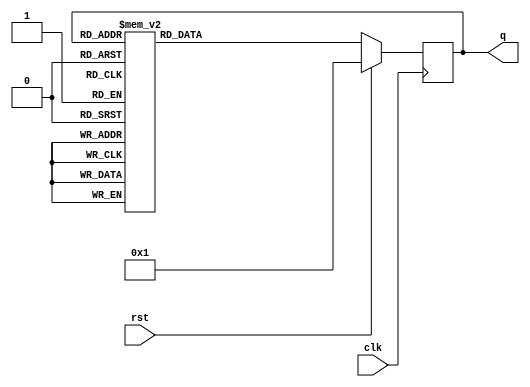
`timescale 1ns / 1ps
//////////////////////////////////////////////////////////////////////////////////
// Company: 
// Engineer: 
// 
// Design Name: 
// Module Name: johnson_counter_design
// Project Name: 
// Target Devices: 
// Tool Versions: 
// Description: 
// 
// Dependencies: 
// 
// Revision:
// Revision 0.01 - File Created
// Additional Comments:
// 
//////////////////////////////////////////////////////////////////////////////////


module johnson_counter_design(input clk,rst,output reg [3:0]q);

always@(posedge clk)
    begin
        if(rst)
        q<=4'd1;
        else
            begin
             case(q)
                4'd1:q=4'd3;
                4'd3:q=4'd7;
                4'd7:q=4'd15;
                4'd15:q=4'd14;
                4'd14:q=4'd12;
                4'd12:q=4'd8;
                4'd8:q=4'd0;
                4'd0:q=4'd1;
                default:q=4'd1;
                endcase
                
            end
        
    end

endmodule